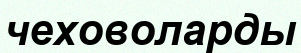
чеховоларды